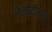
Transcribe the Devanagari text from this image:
लेजीटीमम